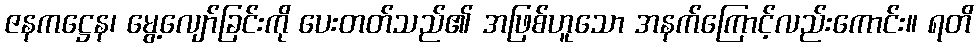
ဇနကဋ္ဌေန၊ မွေ့လျော်ခြင်းကို ပေးတတ်သည်၏ အဖြစ်ဟူသော အနက်ကြောင့်လည်းကောင်း။ ရတိ